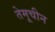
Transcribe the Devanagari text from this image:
तेमूचीन